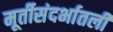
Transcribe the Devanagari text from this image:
मूर्तीसंदर्भातली